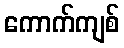
ကောက်ကျစ်